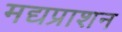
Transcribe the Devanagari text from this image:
मद्यप्राशन